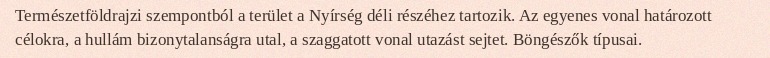
Természetföldrajzi szempontból a terület a Nyírség déli részéhez tartozik. Az egyenes vonal határozott célokra, a hullám bizonytalanságra utal, a szaggatott vonal utazást sejtet. Böngészők típusai.